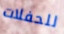
للحفلات